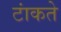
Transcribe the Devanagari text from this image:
टांकते